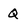
Character: Q